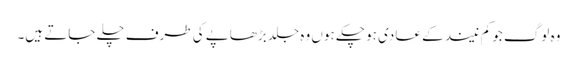
وہ لوگ جو کم نیند کے عادی ہو چکے ہوں وہ جلد بڑھاپے کی طرف چلے جاتے ہیں۔